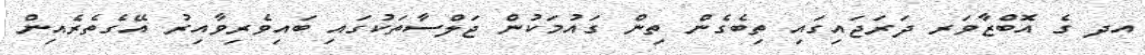
އދ ގެ އޮބްޒާވަރ ދަރަޖައިގައި ތިބެގެން ތިން ގައުމަކުން ޖަލްސާތަކުގައި ބައިވެރިވާއިރު އޭގެތެރެއިން